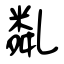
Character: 亃